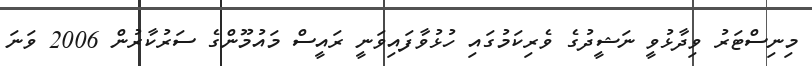
މިނިސްޓަރު ވިދާޅުވީ ނަޝީދުގެ ވެރިކަމުގައި ހުޅުވާފައިވަނީ ރައީސް މައުމޫންގެ ސަރުކާރުން 2006 ވަނަ